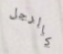
كالرجل